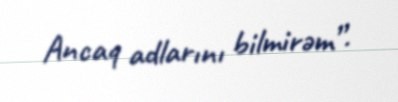
Ancaq adlarını bilmirəm”.